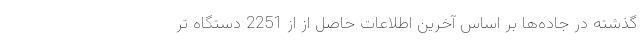
گذشته در جاده‌ها‌ بر اساس آخرین اطلاعات حاصل از از 2251 دستگاه تر